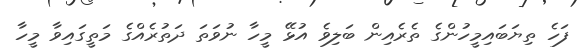
ފަހެ ތިޔަބައިމީހުންގެ ތެރެއިން ބަލިވެ އުޅޭ މީހާ ނުވަތަ ދަތުރެއްގެ މަތީގައިވާ މީހާ